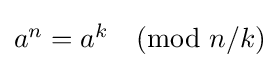
{\textstyle a^{n}=a^{k}{\pmod {n/k}}}